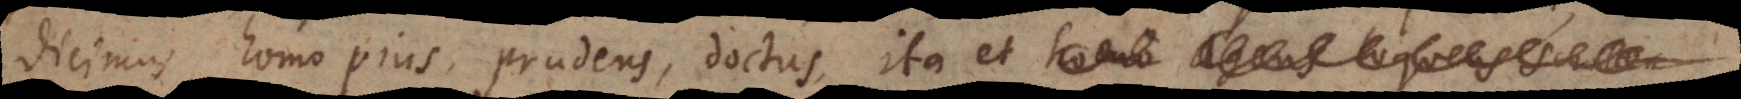
dicimus homo pius, prudens, doctus, ita et